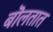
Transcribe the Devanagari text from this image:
बॊलतात